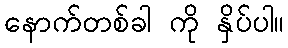
နောက်တစ်ခါ ကို နှိပ်ပါ။